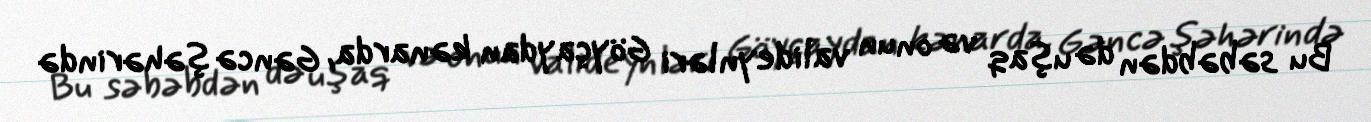
Bu səbəbdən də uşaq və onun valideynləri Göyçaydan kənarda, Gəncə şəhərində